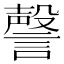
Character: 謦